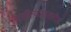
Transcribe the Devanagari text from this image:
साहित्यजगतातील